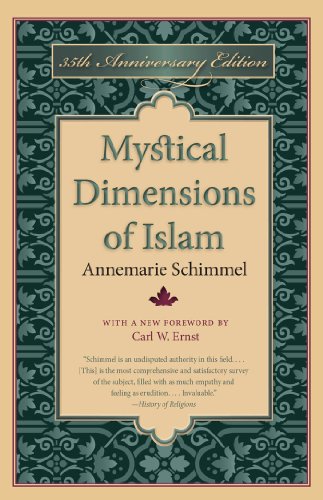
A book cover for Mystical Dimensions of Islam; Annemarie Schimmel; Religion & Spirituality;